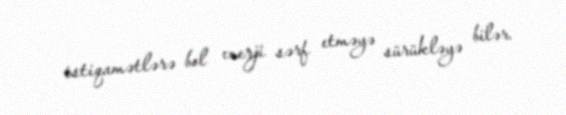
istiqamətlərə bol enerji sərf etməyə sürükləyə bilər.